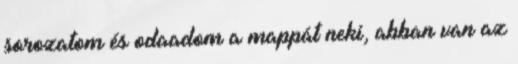
sorozatom és odaadom a mappát neki, abban van az